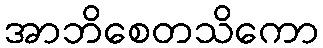
အာဘိစေတသိကော